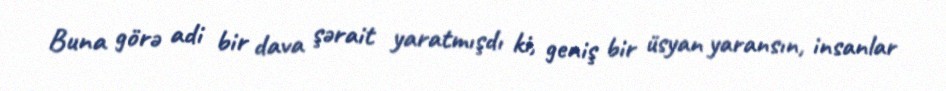
Buna görə adi bir dava şərait yaratmışdı ki, geniş bir üsyan yaransın, insanlar